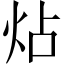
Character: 炶